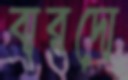
বারদো